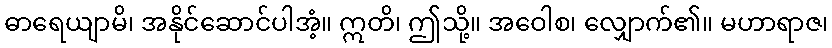
ဓာရေယျာမိ၊ အနိုင်ဆောင်ပါအံ့။ ဣတိ၊ ဤသို့။ အဝေါစ၊ လျှောက်၏။ မဟာရာဇ၊